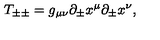
T _ { \pm \pm } = g _ { \mu \nu } \partial _ { \pm } x ^ { \mu } \partial _ { \pm } x ^ { \nu } ,